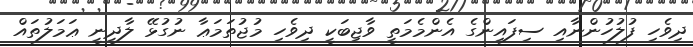
ދިވެހި ފުލުހުންނާއި ސިފައިންގެ އެންމެމަތީ ވާޖިބަކީ ދިވެހި މުޖުތަމަޢާ ނުގުޅޭ ލާދީނީ ޢަމަލުތައް